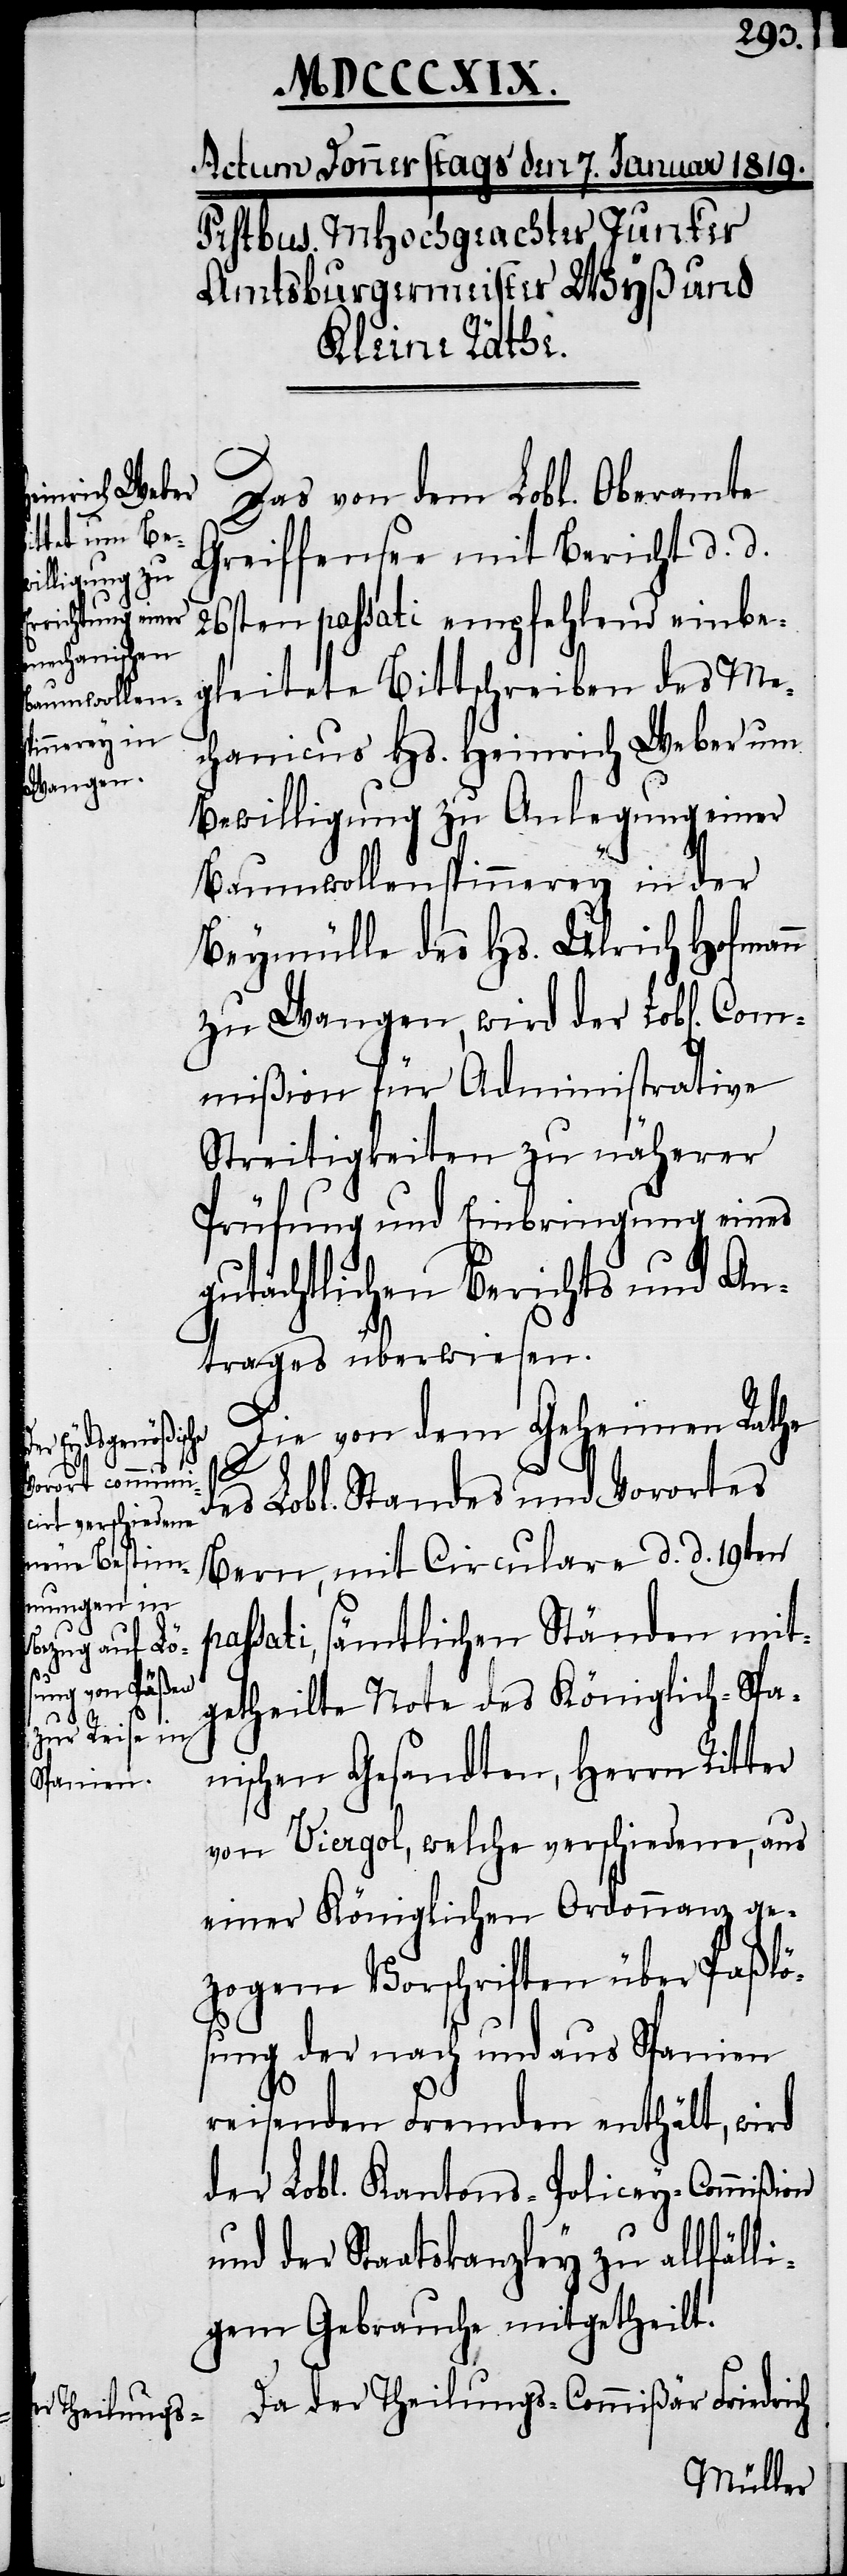
chen] Co¬

Das von dem Lobl. Oberamte
Greiffensee mit Bericht d. d.
26sten passati empfehlend einbe¬
gleitete Bittschreiben des Me¬
chanicus Hs. Heinrich Weber um
Bewilligung zu Anlegung einer
Baumwollenspinnerey in der
Beymülle des Hs. Ulrich Hofmann
zu Wangen, wird der Lobl[i¬
mmißion für Administrative
Streitigkeiten zu näherer
Prüfung und Einbringung eines
gutächtlichen Berichts und An¬
trages überwiesen.
Die von dem Geheimen Rathe
des Lobl. Standes und Vorortes
Bern, mit Circulare d. d. 19ten
passati, sämtlichen Ständen mit¬
getheilte Note des Königlich-Spa¬
nischen Gesandten, Herrn Ritter
von Viergol, welche verschiedene, aus
einer Königlichen Ordonnanz ge¬
zogene Vorschriften über Paßlö¬
sung der nach und aus Spanien
reisenden Fremden enthält, wird
der Lobl. Kantons-Policey-Commißion
und der Staatskanzley zu allfälli¬
gem Gebrauche mitgetheilt.
Da der Theilungs-Commißär Friedrich